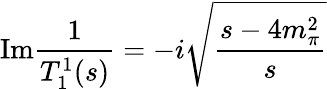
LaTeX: \mathrm{Im}{\frac{1}{T_{1}^{1}(s)}}=-i\sqrt{\frac{s-4m_{\pi}^{2}}{s}}